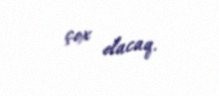
çox olacaq.